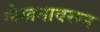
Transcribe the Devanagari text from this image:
लेखनावरून